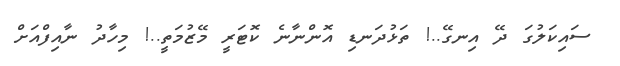
ސައިކަލުގަ ދޭ އިނގޭ..! ތަޅުދަނޑި އޮންނާނެ ކޮޓަރީ މޭޒުމަތީ..! މިހާދު ނާއިފްއަށް